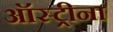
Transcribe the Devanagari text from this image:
ऑस्ट्रीना